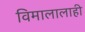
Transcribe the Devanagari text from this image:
विमालालाही